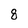
Character: 8